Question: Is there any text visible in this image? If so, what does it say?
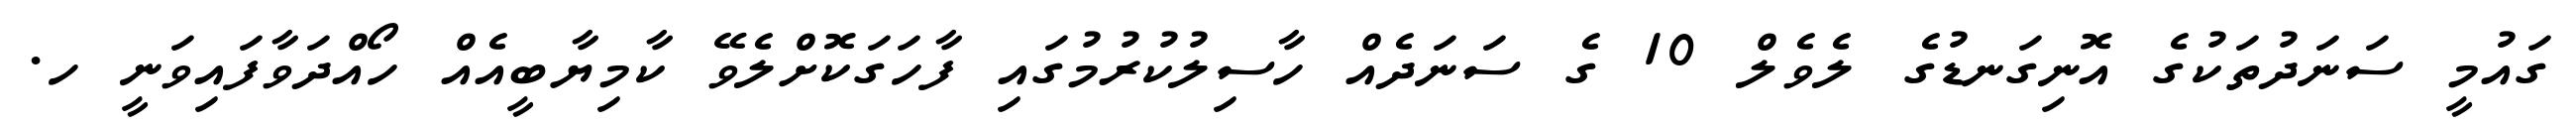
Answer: ގައުމީ ސަނަދުތަކުގެ އޮނިގަނޑުގެ ލެވެލް 10 ގެ ސަނަދެއް ހާސިލުކުރުމުގައި ފާހަގަކޮށްލެވޭ ކާމިޔާބީއެއް ހޯއްދަވާފައިވަނީ ހ.